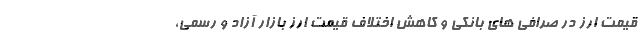
قیمت ارز در صرافی های بانکی و کاهش اختلاف قیمت ارز بازار آزاد و رسمی،